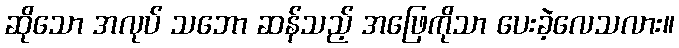
ဆိုသော အလုပ် သဘော ဆန်သည့် အဖြေကိုသာ ပေးခဲ့လေသလား။